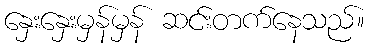
နှေးနှေးမှန်မှန် ဆင်းတက်နေသည်။